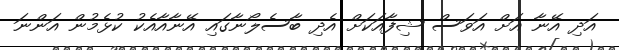
އަދި އޭނާ އަށް އަވަސް ޝިފާއަކަށް އެދި ބާސެލޯނާގައި އޭނާއާއެކު ކުޅެމުން އަންނަ